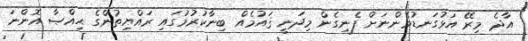
އާދެ މިރޭ އަޅުގަނޑުމެންނަށް ފެނިގެން މިދަނީ ޤައުމެއް ބިނާކުރުމުގައި ރައްޔިތުންގެ ޙިއްޞާ އޮންނަ